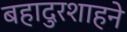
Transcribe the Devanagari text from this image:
बहादुरशाहने